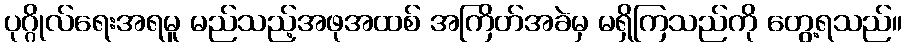
ပုဂ္ဂိုလ်ရေးအရမူ မည်သည့်အဖုအထစ် အကြိတ်အခဲမှ မရှိကြသည်ကို တွေ့ရသည်။